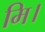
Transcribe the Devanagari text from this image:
मि।